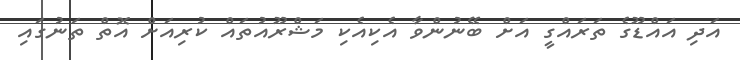
އަދި އައްޑޫގެ ތަރައްގީ އަށް ބޭނުންވާ އެކިއެކި މަޝްރޫއުތައް ކުރިއަށް އޮތް ތަނުގައި